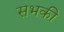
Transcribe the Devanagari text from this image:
सभकी